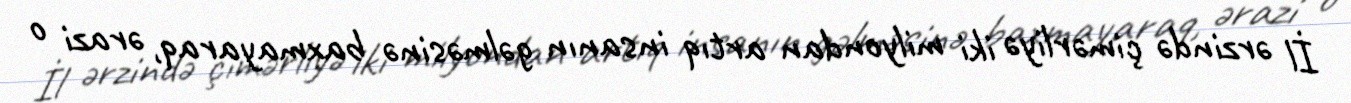
İl ərzində çimərliyə iki milyondan artıq insanın gəlməsinə baxmayaraq, ərazi o